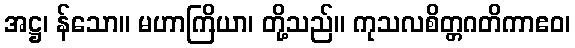
အဋ္ဌ၊ န်သော။ မဟာကြိယာ၊ တို့သည်။ ကုသလစိတ္တဂတိကာဧဝ၊